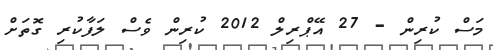
މަސް ކުރިން - 27 އޭޕްރިލް 2012 ކުރިން ވެސް ލަފާކުރި ގޮތަށް